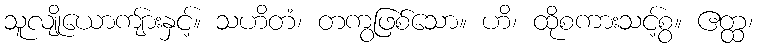
သူလျိုယောကျ်ားနှင့်။ သဟိတံ၊ တကွဖြစ်သော။ ဟိ၊ ထိုစကားသင့်စွ။ ဧတ္ထ၊